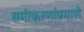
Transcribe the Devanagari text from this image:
समीकरणांप्रमाणे